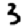
Digit: 3